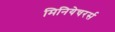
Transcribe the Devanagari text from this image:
मिनियेचरर्स